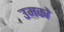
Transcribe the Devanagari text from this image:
उमको